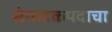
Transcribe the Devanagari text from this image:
संपादकपदाचा